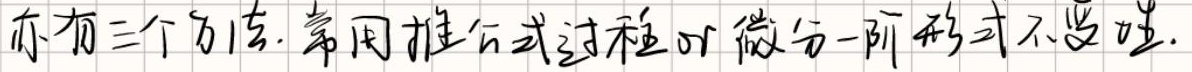
亦有三个方法. 常用推公式过程或微分一阶形式不变性.